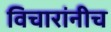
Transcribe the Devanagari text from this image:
विचारांनीच